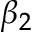
\beta _ { 2 }